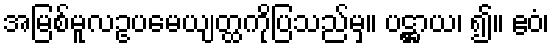
အမြစ်မူလဥပမေယျတ္ထကိုပြသည်မှ။ ပဋ္ဌာယ၊ ၍။ ဧဝံ၊